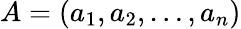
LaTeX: A=(a_{1},a_{2},\dots,a_{n})